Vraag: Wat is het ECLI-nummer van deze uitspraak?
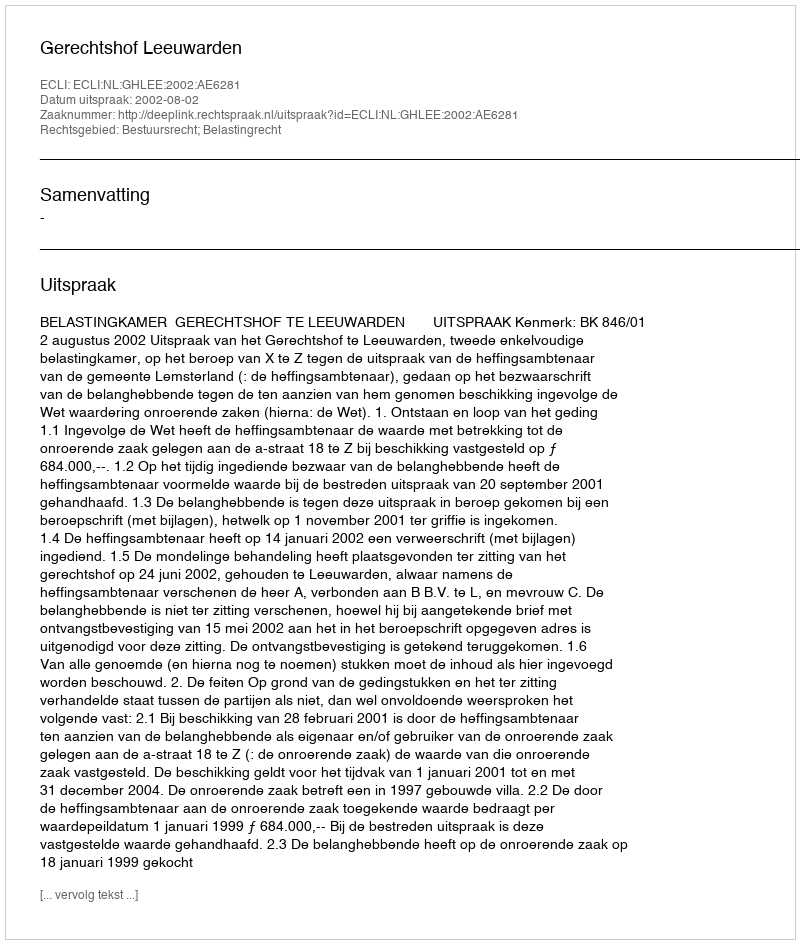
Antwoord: ECLI:NL:GHLEE:2002:AE6281